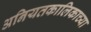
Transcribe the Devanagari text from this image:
अनियतकालिकाच्या